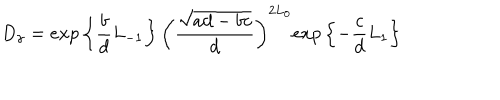
D _ { \gamma } = e x p \left\{ \frac { b } { d } L _ { - 1 } \right\} \left( \frac { \sqrt { a d - b c } } { d } \right) ^ { 2 L _ { 0 } } e x p \left\{ - \frac { c } { d } L _ { 1 } \right\}